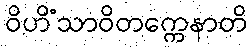
ဝိဟိံသာဝိတက္ကေနာတိ